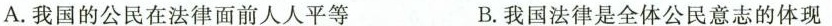
A.我国的公民在法律面前人人平等 B.我国法律是全体公民意志的体现